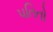
પતિતો